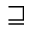
\sqsupseteq